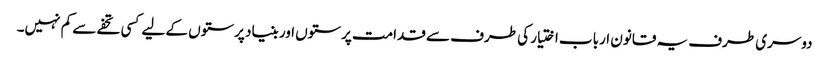
دوسری طرف یہ قانون ارباب اختیار کی طرف سے قدامت پرستوں اور بنیاد پرستوں کے لیے کسی تحفے سے کم نہیں۔